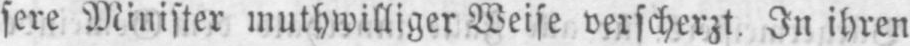
sere Minister muthwilliger Weise verscherzt. In ihren